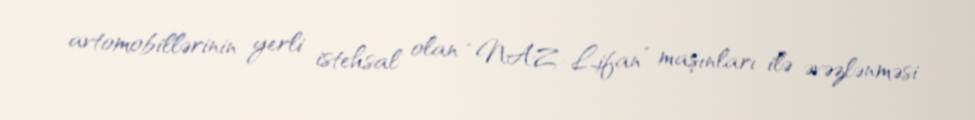
avtomobillərinin yerli istehsal olan “NAZ-Lifan” maşınları ilə əvəzlənməsi